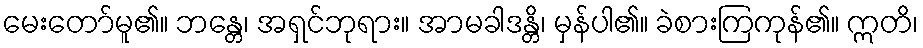
မေးတော်မူ၏။ ဘန္တေ၊ အရှင်ဘုရား။ အာမခါဒန္တိ၊ မှန်ပါ၏။ ခဲစားကြကုန်၏။ ဣတိ၊